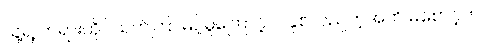
သူ့ရဲ့ တရားထိုင်သက်ကြာမြင့်မှုကြောင့် ၂ နှစ်လည်တဲ့အထိ မစောင့်ဘဲ